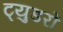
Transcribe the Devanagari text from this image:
ट्युडरों